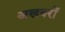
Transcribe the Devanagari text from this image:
अखबरों